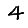
Digit: 4